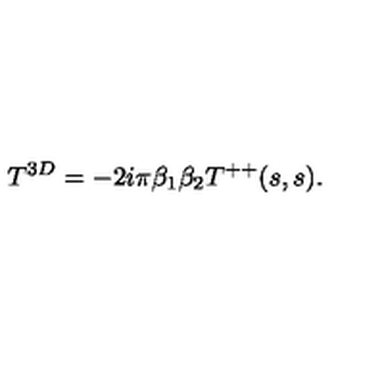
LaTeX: T ^ { 3 D } = - 2 i \pi \beta _ { 1 } \beta _ { 2 } T ^ { + + } ( s , s ) .